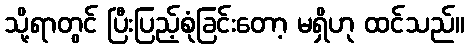
သို့ရာတွင် ပြီးပြည့်စုံခြင်းတော့ မရှိဟု ထင်သည်။